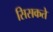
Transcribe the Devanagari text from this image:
सिसकते